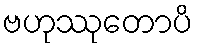
ဗဟုဿုတောပိ